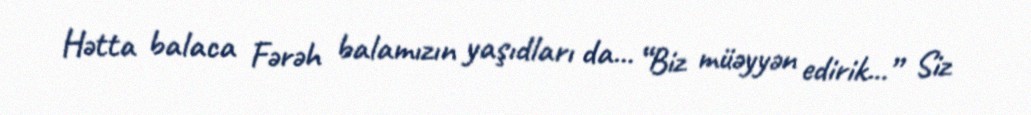
Hətta balaca Fərəh balamızın yaşıdları da... “Biz müəyyən edirik...” Siz